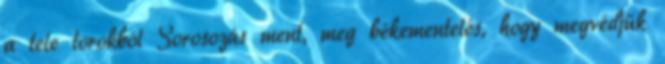
a tele torokból Sorosozás ment, meg békementelés, hogy megvédjük